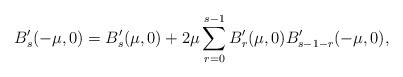
LaTeX: \begin{gather*}B_s'(-\mu,0)=B_s'(\mu,0)+2\mu\sum_{r=0}^{s-1} B_r'(\mu,0)B_{s-1-r}'(-\mu,0),\end{gather*}